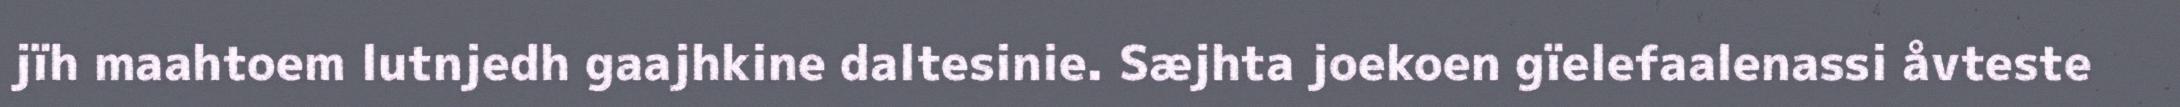
jïh maahtoem lutnjedh gaajhkine daltesinie. Sæjhta joekoen gïelefaalenassi åvteste